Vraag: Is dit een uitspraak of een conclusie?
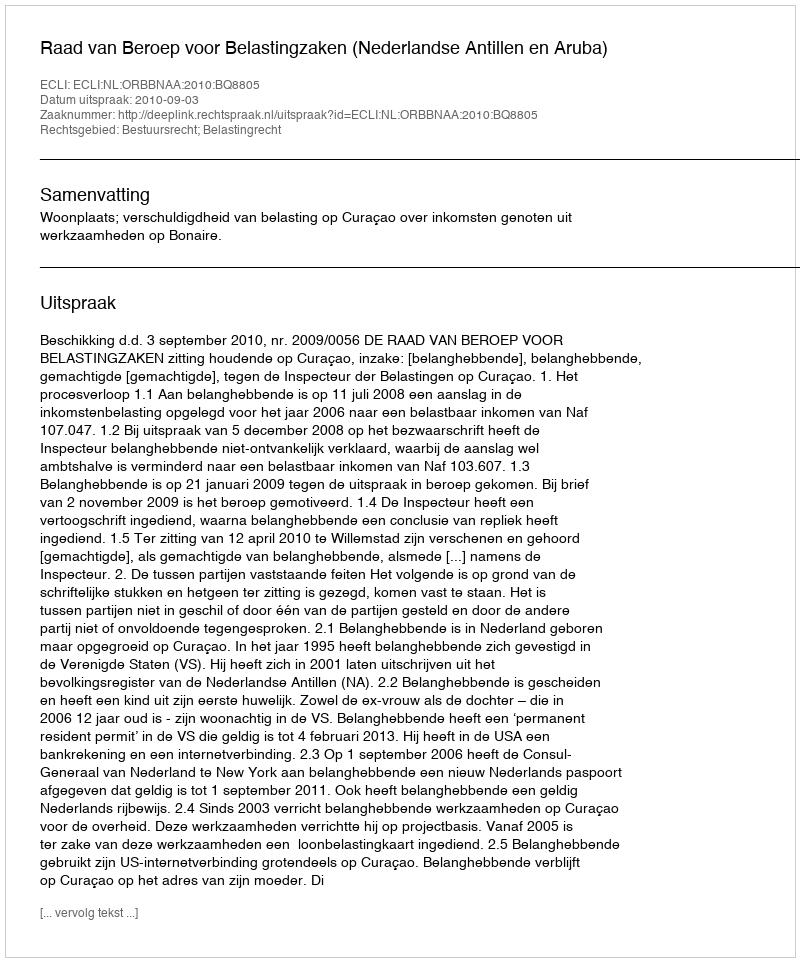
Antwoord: Uitspraak